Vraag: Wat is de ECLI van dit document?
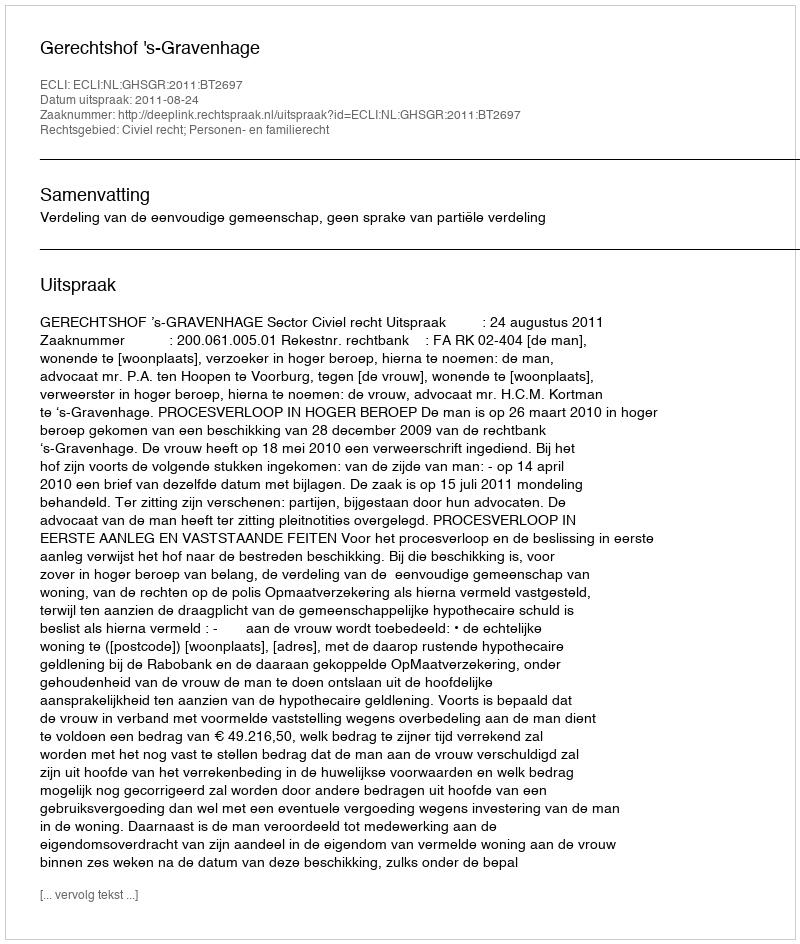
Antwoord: ECLI:NL:GHSGR:2011:BT2697